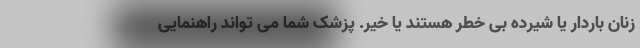
زنان باردار یا شیرده بی خطر هستند یا خیر. پزشک شما می تواند راهنمایی